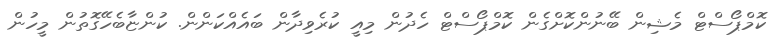
ކޮމްޕޯސްޓް މެޝިން ބޭނުންކޮށްގެން ކޮމްޕޯސްޓް ހެދުން މިއީ ކުރެވިދާން ބައެއްކަންން. ކުންޏާބެހޭގޮތުން މީހުން